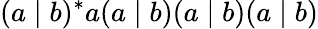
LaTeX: (a\mid b)^{*}a(a\mid b)(a\mid b)(a\mid b)